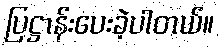
ပြဋ္ဌာန်းပေးခဲ့ပါတယ်။